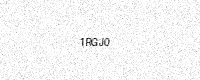
Text: 1RGJ0